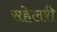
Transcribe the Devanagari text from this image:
सहेलरी